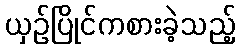
ယှဉ်ပြိုင်ကစားခဲ့သည့်